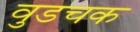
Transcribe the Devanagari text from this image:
वुडचक